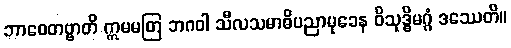
ဘာဝေတဗ္ဗာတိ ဣမမတြ ဘဂဝါ သီလသမာဓိပညာမုခေန ဝိသုဒ္ဓိမဂ္ဂံ ဒဿေတိ။